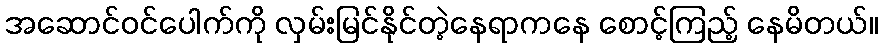
အဆောင်ဝင်ပေါက်ကို လှမ်းမြင်နိုင်တဲ့နေရာကနေ စောင့်ကြည့် နေမိတယ်။